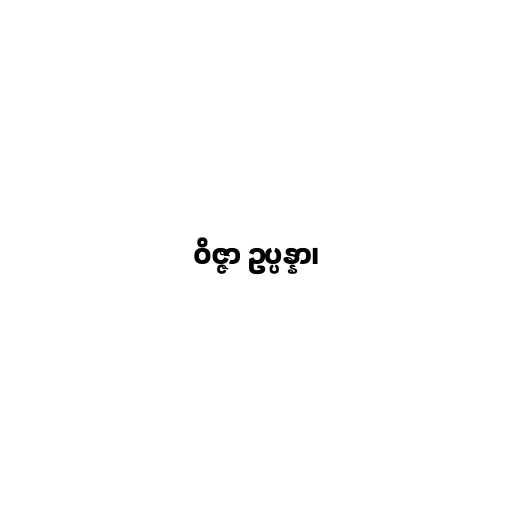
ဝိဇ္ဇာ ဥပ္ပန္နာ၊